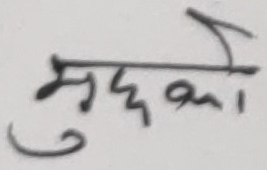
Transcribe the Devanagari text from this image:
मुछ्दो